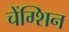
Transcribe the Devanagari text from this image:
चेंग्शिन